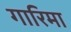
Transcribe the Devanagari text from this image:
गारिमा